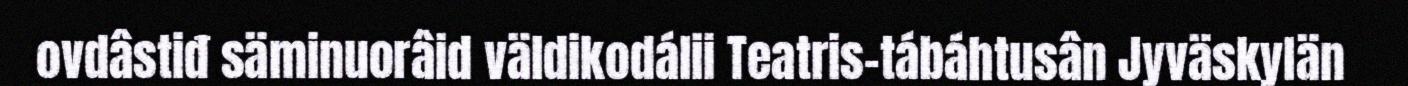
ovdâstiđ säminuorâid väldikodálii Teatris-tábáhtusân Jyväskylän